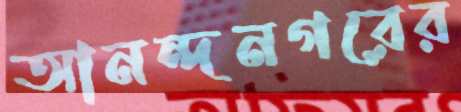
আনন্দনগরের